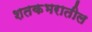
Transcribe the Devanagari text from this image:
शतकभरातील